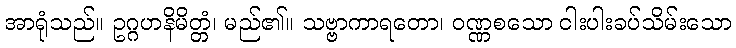
အာရုံသည်။ ဥဂ္ဂဟနိမိတ္တံ၊ မည်၏။ သဗ္ဗာကာရတော၊ ဝဏ္ဏစသော ငါးပါးခပ်သိမ်းသော